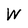
Character: W